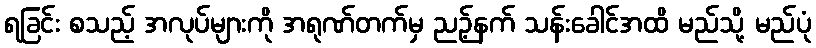
ရခြင်း စသည့် အလုပ်များကို အရုဏ်တက်မှ ညဉ့်နက် သန်းခေါင်အထိ မည်သို့ မည်ပုံ